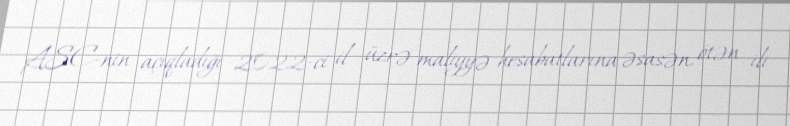
ASC-nin açıqladığı 2022-ci il üzrə maliyyə hesabatlarına əsasən, ötən ili